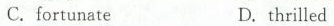
C.fortunateD. thrilled